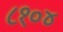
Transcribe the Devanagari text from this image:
८१०४